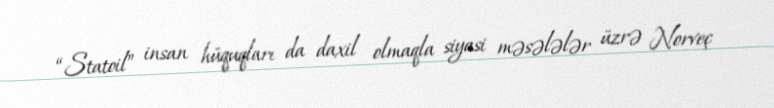
“Statoil” insan hüquqları da daxil olmaqla siyasi məsələlər üzrə Norveç